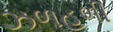
ઝળહળી